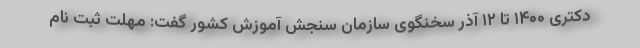
دکتری ۱۴۰۰ تا ۱۲ آذر سخنگوی سازمان سنجش آموزش کشور گفت: مهلت ثبت نام